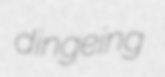
dingeing